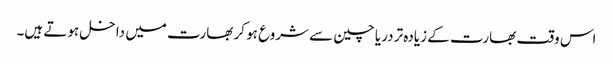
اس وقت بھارت کے زیادہ تر دریا چین سے شروع ہو کر بھارت میں داخل ہوتے ہیں۔